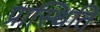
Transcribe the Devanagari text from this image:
प्रास्थिति